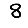
Digit: 8